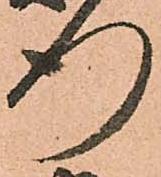
行